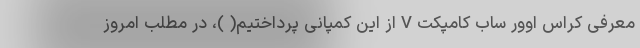
معرفی کراس اوور ساب کامپکت V از این کمپانی پرداختیم( )، در مطلب امروز